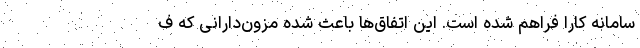
سامانه کارا فراهم شده است. این اتفاق‌ها باعث شده مزون‌دارانی که ف